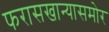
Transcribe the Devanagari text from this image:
फरासखान्यासमोर